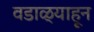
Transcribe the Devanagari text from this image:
वडाळ्याहून